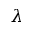
\lambda